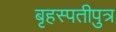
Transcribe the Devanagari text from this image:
बृहस्पतीपुत्र